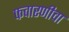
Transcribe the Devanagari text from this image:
फवारणीचा